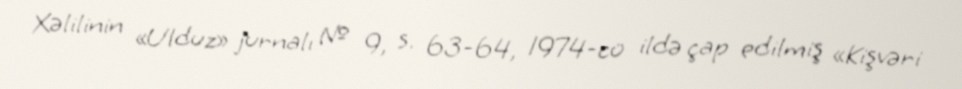
Xəlilinin «Ulduz» jurnalı № 9, s. 63-64, 1974-cü ildə çap edilmiş «Kişvəri